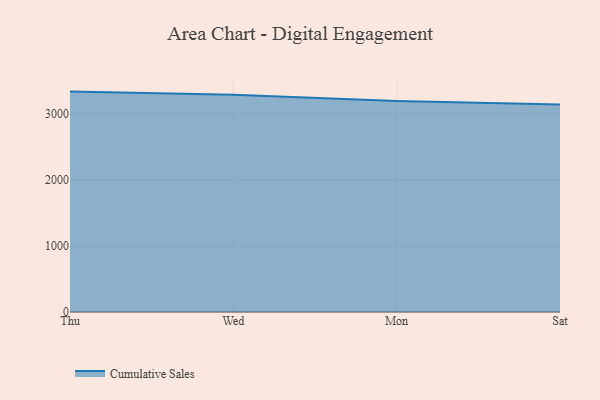
{"axis": {"x": "Day", "y": "Waste Production (Tons)"}, "legend": ["Cumulative Sales"], "data": [{"x": "Thu", "y": 3340.1, "type": "Cumulative Sales"}, {"x": "Wed", "y": 3293.6, "type": "Cumulative Sales"}, {"x": "Mon", "y": 3195.9, "type": "Cumulative Sales"}, {"x": "Sat", "y": 3144.8, "type": "Cumulative Sales"}]}